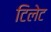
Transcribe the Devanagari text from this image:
टिलेट